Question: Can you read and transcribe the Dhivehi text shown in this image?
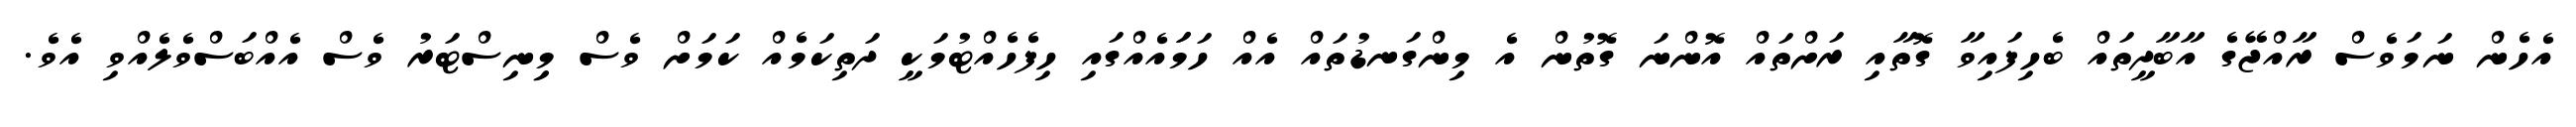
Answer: އެހެން ނަމަވެސް ރާއްޖޭގެ އާބާދީތައް ބެހިފައިވާ ގޮތާއި ރަށްތައް އޮންނަ ގޮތުން އެ މިންގަނޑުތައް އެއް ހަމަައެއްގައި ހިފެހެއްޓުމަކީ ދަތިކަމެއް ކަމަށް ވެސް މިިނިސްޓަރު ވެސް އެއްބަސްވެލެއްވި އެވެ.